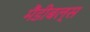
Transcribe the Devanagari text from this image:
मैंडीबल्स